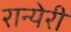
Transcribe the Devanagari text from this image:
रान्येरी